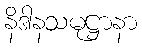
နိဒါနသမုဋ္ဌာနာ